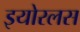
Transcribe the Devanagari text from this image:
इयोरलस